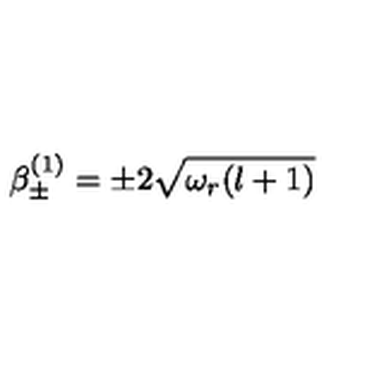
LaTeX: \beta _ { \pm } ^ { ( 1 ) } = \pm 2 \sqrt { \omega _ { r } ( l + 1 ) }